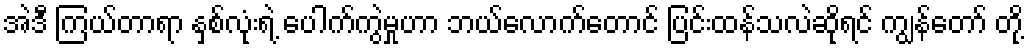
အဲဒီ ကြယ်တာရာ နှစ်လုံးရဲ့ ပေါက်ကွဲမှုဟာ ဘယ်လောက်တောင် ပြင်းထန်သလဲဆိုရင် ကျွန်တော် တို့